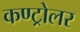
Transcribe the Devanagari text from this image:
कण्ट्रोलर